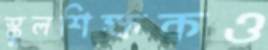
স্কুলশিক্ষকও